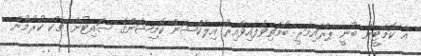
އެ ކޮމެޓީން ބުނީ ޕްރައިމަރީ ބޯމަތިވެފައިވާއިރު އިލެކްޝަން ކޮމިޝަންގެ ސައިޓުން ޗެކް ކުރުމުން